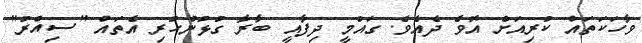
ވާހަކަތައް ކުރިއަށް އޮވެ ދެއެވެ. ގައުމީ ދިފާއީ ބާރާ ގުޅުންހުރި އެތައް "ސިއްރު"